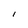
Character: l